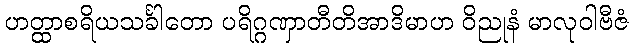
ဟတ္ထာစရိယသင်္ခါတော ပရိဂ္ဂဏှာတီတိအာဒိမာဟ ဝိညုနံ မာလုဝါဗီဇံ